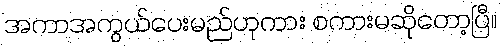
အကာအကွယ်ပေးမည်ဟုကား စကားမဆိုတော့ပြီ။